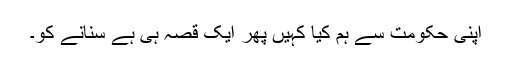
اپنی حکومت سے ہم کیا کہیں پھر ایک قصہ ہی ہے سنانے کو۔